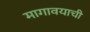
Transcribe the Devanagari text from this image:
मागावयाची